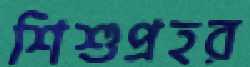
শিশুপ্রহর